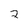
Character: 2